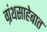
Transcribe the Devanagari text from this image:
ग्रंथसाहेबात